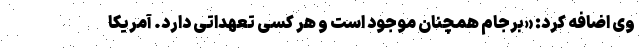
وی اضافه کرد: «برجام همچنان موجود است و هر کسی تعهداتی دارد. آمریکا